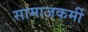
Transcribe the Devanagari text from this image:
सामाजकर्मी